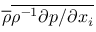
\overline { { \rho } } \overline { { { \rho } ^ { - 1 } { \partial p } / { \partial x _ { i } } } }